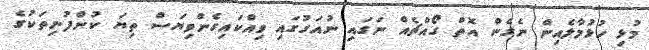
މުޅި ހުޅުމާލެއިން ނެގެން އޮތް ގޯއްޗެއް ނަގައި ނުއަގުގައި ވިއްކައިގެންވިޔަސް ތިޔަ ކުންފުނިތަކުގެ